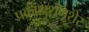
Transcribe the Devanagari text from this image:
प्रकाशशमशेर